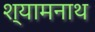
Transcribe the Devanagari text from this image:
श्यामनाथ